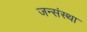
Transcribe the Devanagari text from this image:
जन्संस्था